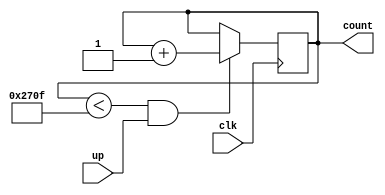
`timescale 1ns / 1ps
/*
Cuenta hasta un maximo de 9999 boletas
*/
module counter_receipts(
input clk,
input up,
output [13:0]count
);

reg [13:0]cuenta;   
assign count = cuenta;

always @(posedge clk)
begin
if((cuenta <9999) && up)
cuenta = cuenta + 1;
end    
endmodule